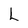
Character: L